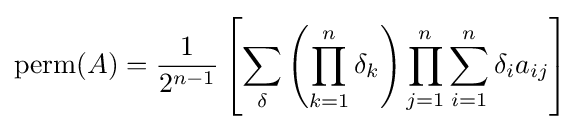
\operatorname {perm} (A)={\frac {1}{2^{n-1}}}\left[\sum _{\delta }\left(\prod _{k=1}^{n}\delta _{k}\right)\prod _{j=1}^{n}\sum _{i=1}^{n}\delta _{i}a_{ij}\right]